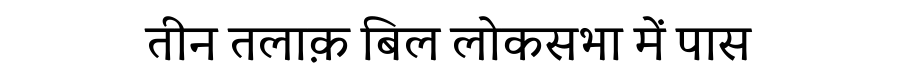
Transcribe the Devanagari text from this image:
तीन तलाक़ बिल लोकसभा में पास